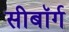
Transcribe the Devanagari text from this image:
सीबॉर्ग